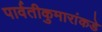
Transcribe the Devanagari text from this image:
पार्वतीकुमारांकडे